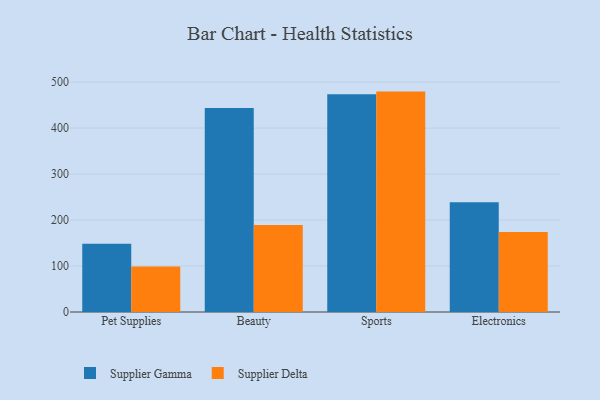
{"axis": {"x": "Category", "y": "Customer Acquisition Cost (USD)"}, "legend": ["Supplier Delta", "Supplier Gamma"], "data": [{"x": "Pet Supplies", "y": 148.5, "type": "Supplier Gamma"}, {"x": "Pet Supplies", "y": 98.8, "type": "Supplier Delta"}, {"x": "Beauty", "y": 443.8, "type": "Supplier Gamma"}, {"x": "Beauty", "y": 189.2, "type": "Supplier Delta"}, {"x": "Sports", "y": 473.5, "type": "Supplier Gamma"}, {"x": "Sports", "y": 479.3, "type": "Supplier Delta"}, {"x": "Electronics", "y": 238.5, "type": "Supplier Gamma"}, {"x": "Electronics", "y": 174.0, "type": "Supplier Delta"}]}